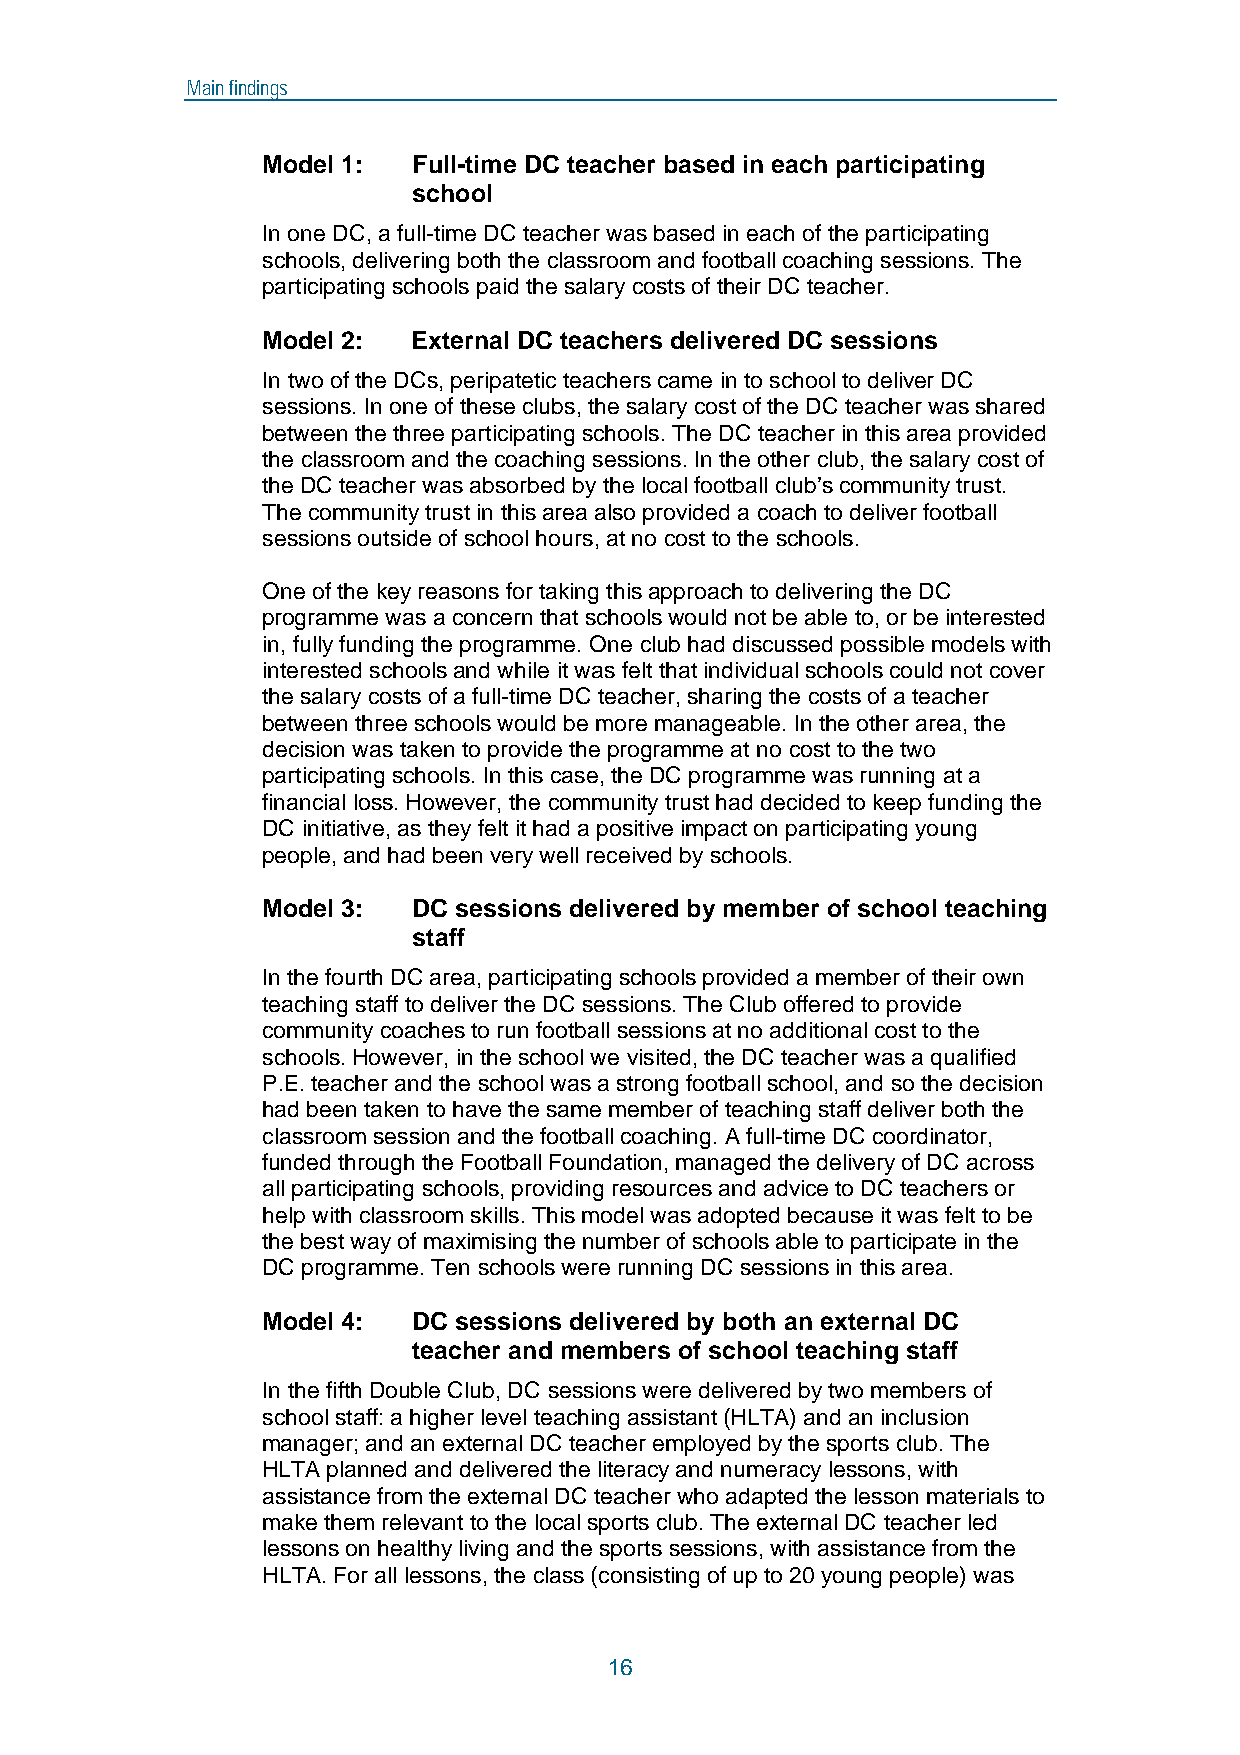
Main findings
 Model 1:  Full-time DC teacher based in each participating
 school
 In one DC, a full-time DC teacher was based in each of the participating
 schools, delivering both the classroom and football coaching sessions. The
 participating schools paid the salary costs of their DC teacher.
 Model 2:  External DC teachers delivered DC sessions
 In two of the DCs, peripatetic teachers came in to school to deliver DC
 sessions. In one of these clubs, the salary cost of the DC teacher was shared
 between the three participating schools. The DC teacher in this area provided
 the classroom and the coaching sessions. In the other club, the salary cost of
 the DC teacher was absorbed by the local football club’s community trust.
 The community trust in this area also provided a coach to deliver football
 sessions outside of school hours, at no cost to the schools.
 One of the key reasons for taking this approach to delivering the DC
 programme was a concern that schools would not be able to, or be interested
 in, fully funding the programme. One club had discussed possible models with
 interested schools and while it was felt that individual schools could not cover
 the salary costs of a full-time DC teacher, sharing the costs of a teacher
 between three schools would be more manageable. In the other area, the
 decision was taken to provide the programme at no cost to the two
 participating schools. In this case, the DC programme was running at a
 financial loss. However, the community trust had decided to keep funding the
 DC initiative, as they felt it had a positive impact on participating young
 people, and had been very well received by schools.
 Model 3:  DC sessions delivered by member of school teaching
 staff
 In the fourth DC area, participating schools provided a member of their own
 teaching staff to deliver the DC sessions. The Club offered to provide
 community coaches to run football sessions at no additional cost to the
 schools. However, in the school we visited, the DC teacher was a qualified
 P.E. teacher and the school was a strong football school, and so the decision
 had been taken to have the same member of teaching staff deliver both the
 classroom session and the football coaching. A full-time DC coordinator,
 funded through the Football Foundation, managed the delivery of DC across
 all participating schools, providing resources and advice to DC teachers or
 help with classroom skills. This model was adopted because it was felt to be
 the best way of maximising the number of schools able to participate in the
 DC programme. Ten schools were running DC sessions in this area.
 Model 4:  DC sessions delivered by both an external DC
 teacher and members of school teaching staff
 In the fifth Double Club, DC sessions were delivered by two members of
 school staff: a higher level teaching assistant (HLTA) and an inclusion
 manager; and an external DC teacher employed by the sports club. The
 HLTA planned and delivered the literacy and numeracy lessons, with
 assistance from the external DC teacher who adapted the lesson materials to
 make them relevant to the local sports club. The external DC teacher led
 lessons on healthy living and the sports sessions, with assistance from the
 HLTA. For all lessons, the class (consisting of up to 20 young people) was
 16